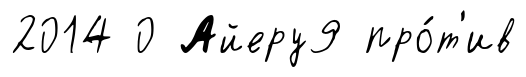
2014 0 Айеру9 про́т'ив